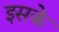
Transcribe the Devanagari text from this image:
इसके